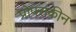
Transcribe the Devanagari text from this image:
प्रोपराकीन